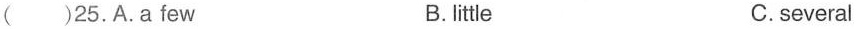
( )25,A.a few B.little C.several